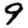
Digit: 9